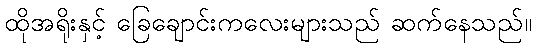
ထိုအရိုးနှင့် ခြေချောင်းကလေးများသည် ဆက်နေသည်။